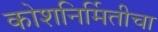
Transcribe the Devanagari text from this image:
कोशनिर्मितीचा